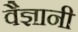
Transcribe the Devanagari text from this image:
वैज्ञानी